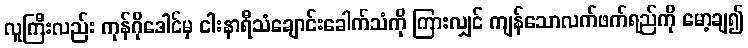
လူကြီးလည်း ကုန်ဂိုဒေါင်မှ ငါးနာရီသံချောင်းခေါက်သံကို ကြားလျှင် ကျန်သောလက်ဖက်ရည်ကို မော့ချ၍